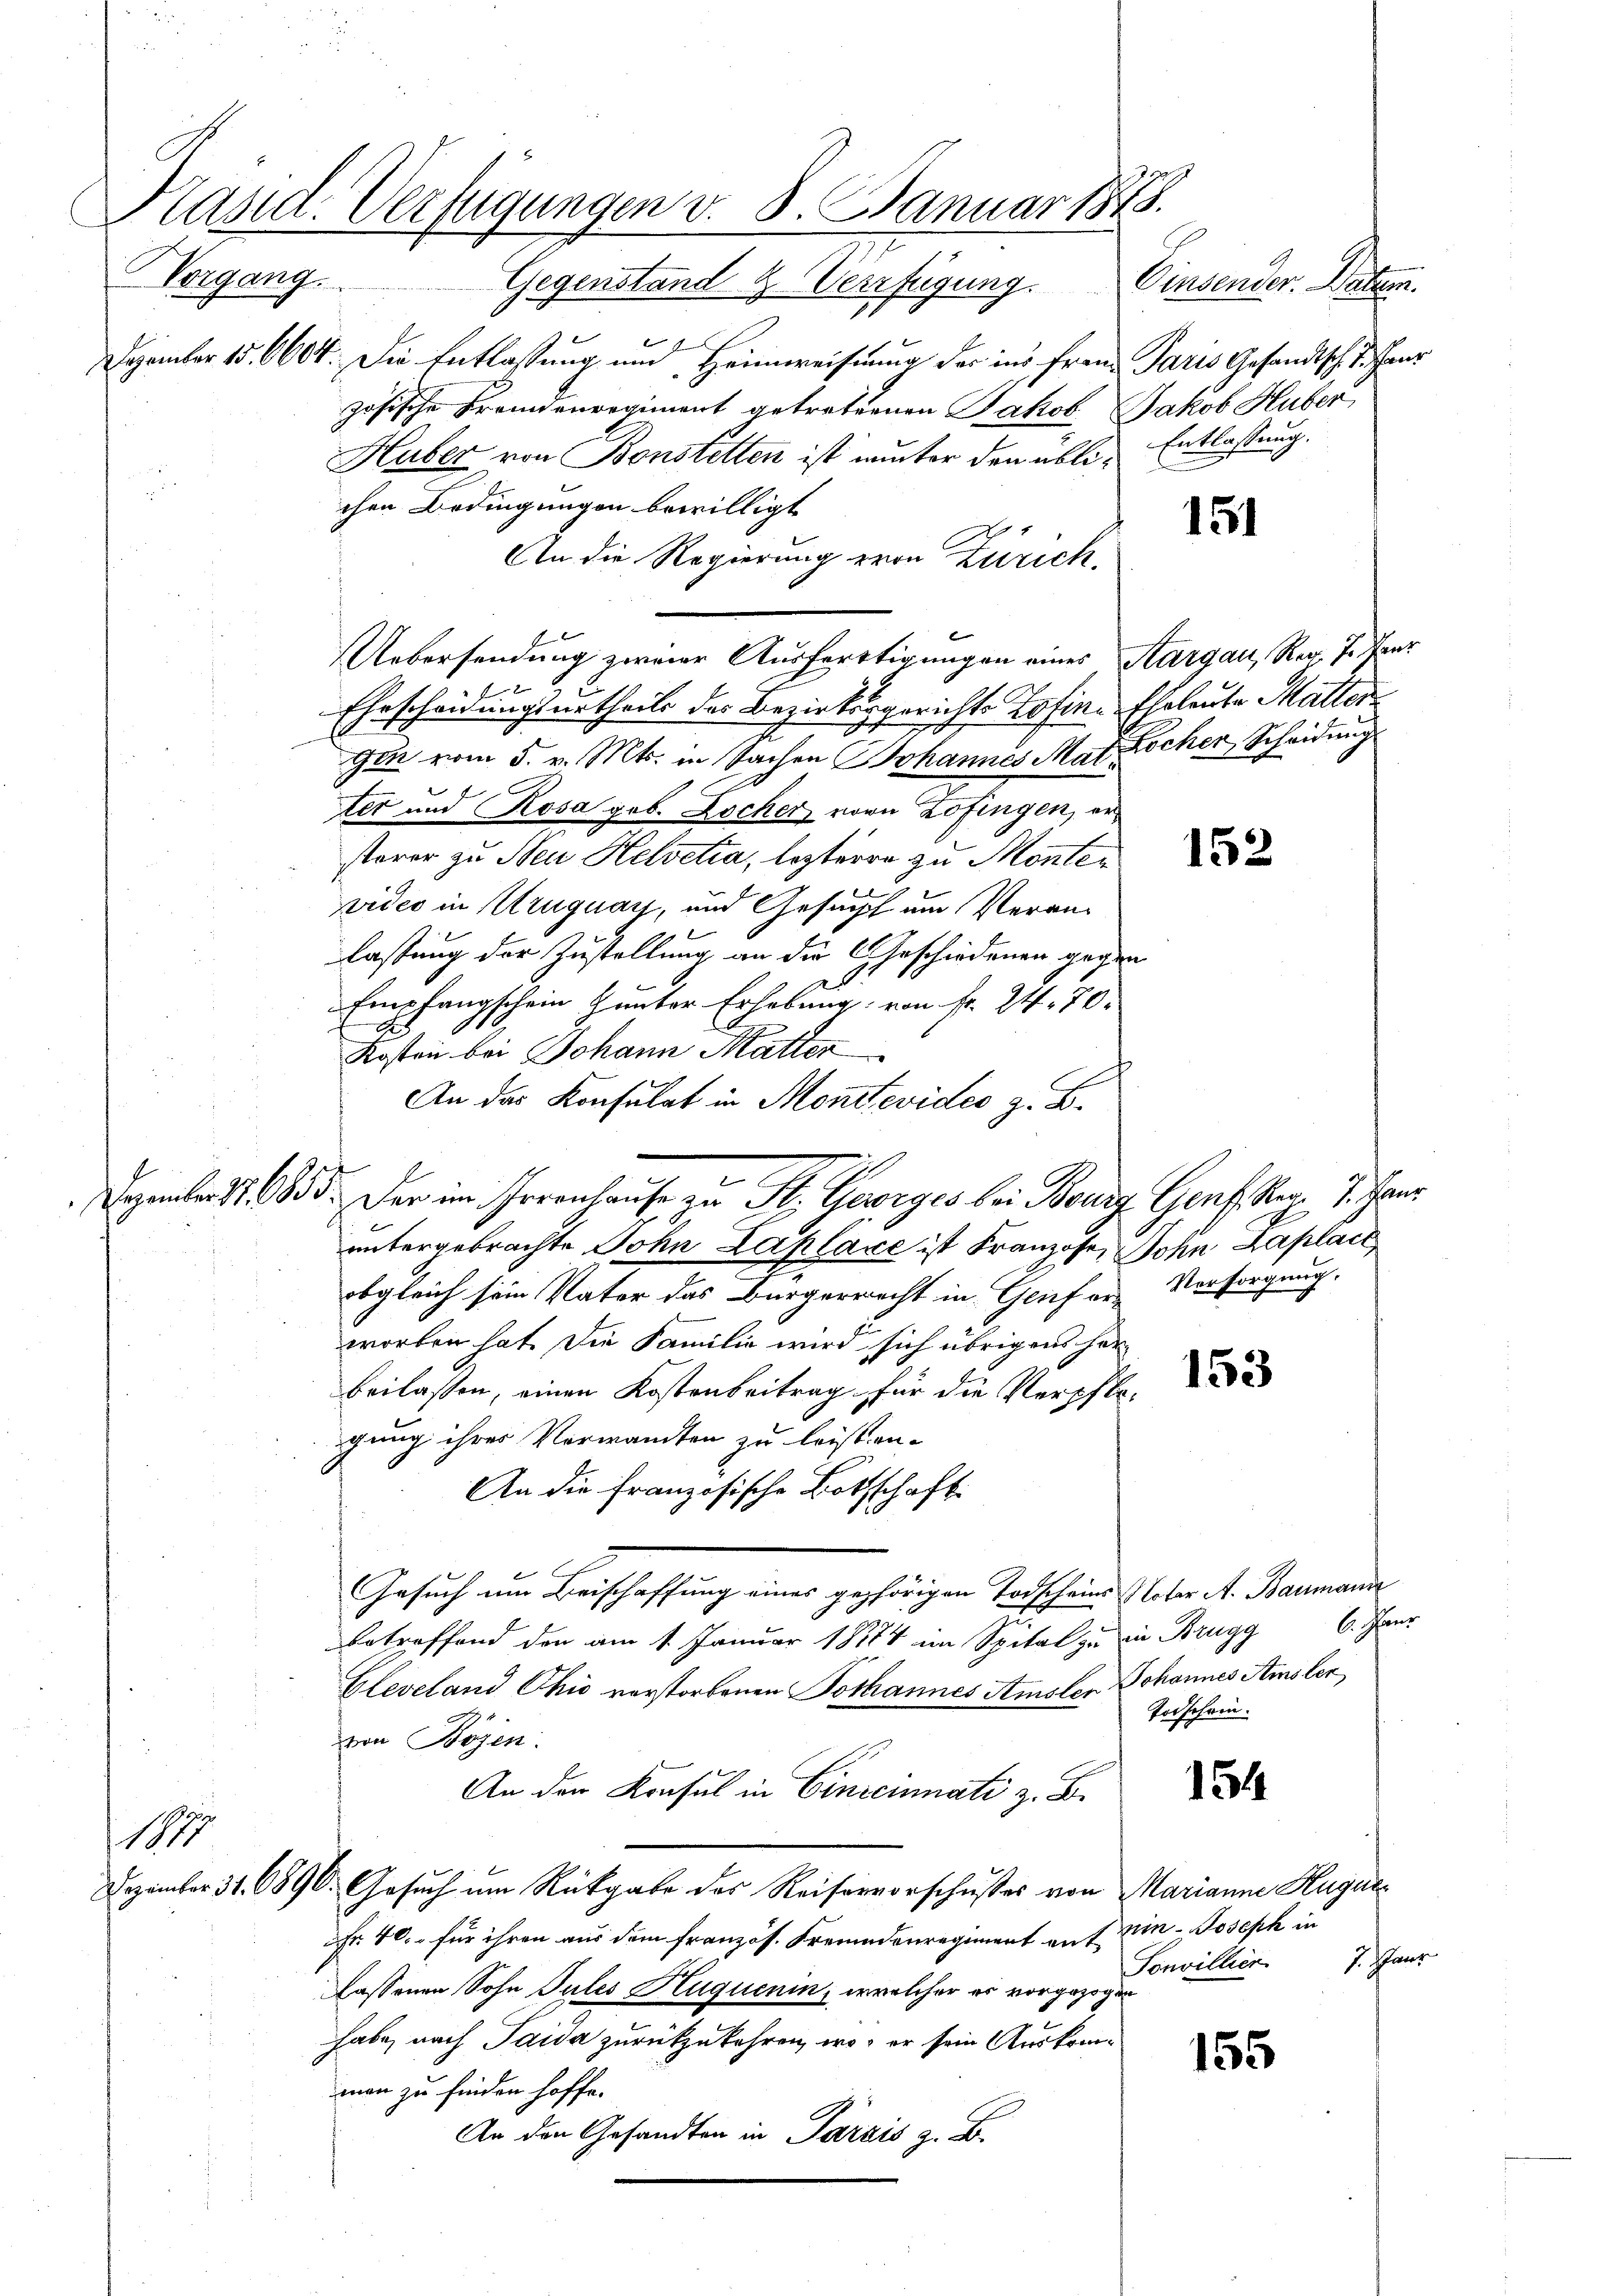
Präsid. Verfügungen v. 8. Januar 1848.
Vorgang
Gegenstand & Verfügung. Einsender. Paten.

Dezember 15. 6604. Die Entlassung und Heimweisung der ins Frau Paris Gesandtsch Haus
zösische Fremdenregiment getreternen Jakob Jakob Huber,
Huber von Bonstetten ist nunter den üblichen Bedingungen bewilligt
An die Regierung von Zürich.
Uebersendung zweier Ausfertigungen eines Aargau, Rer. J. Paur
Ehrscheidungsurtheils des Bezirksgerichts Zofingin vom 5. v. Mts. in Sachen Johannes Mat Kocher, Scheidung
ter und Rosa geb. Locher vorn Zofingen, er
sterer zu Sei Helvetia, lezterre zu Monten
vides in Uruguay, und Gesucht um Veranlastung der Zustellung an die Geschiedenen gegen
2
Empfangschein unter Erhebung von Fr. 24. 70.
Kosten bei Johann Matter
An der Konsulat in Montevides z. B.
gelast 1835. Der im Irrenhause zu Fr. Georges bei Bourg
untergebrachte John Laplace ist Franzose, Sohn Kaplace
obgleich sein Vater das Bürgerrecht in Genf erworben hat. Die Familie wird sich übrigens herbeilassen, einen Kostenbeitrag für die Verpflegung ihres Verwandten zu leisten.
An die französische Botschaft.
Gesuch um Beischaffung eines gehörigen Todscheinen aber d. Baumande
betreffend den am 1. Januar 1884 im Spital zu in Brugg 6. Jann
Gleveland Chić verstorbenen Pothannes Amsler Johannes Amsler
von Bojen.
An der Konsul in Einreinnati z. B.
1815
Dezember 31. 6896. Gesuch um Rückgabe des Reiservorschusses von Marianne Hugue
Fr. 40. für ihren aus dem französ. Freundenregiment auf ein Joseph in
lassenen Sohn Pules Huquenin, welcher es vorgezogen
habe, nach Taida zurückzukehren, wo er sein Austreiman zu finden hoffe.
An den Gesandten in Parzis z. B.

Entlassung.

151

theleute Matter

152

Gent. Rer.  7. Haur
Vorsorgung.

153

Todschein.

154

J. Hans
Sonvillier

155